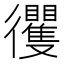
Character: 𢖦